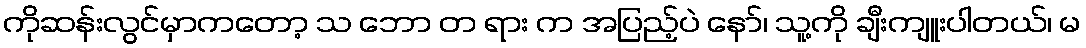
ကိုဆန်းလွင်မှာကတော့ သ ဘော တ ရား က အပြည့်ပဲ နော်၊ သူ့ကို ချီးကျူးပါတယ်၊ မ